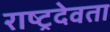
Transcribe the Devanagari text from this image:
राष्ट्रदेवता